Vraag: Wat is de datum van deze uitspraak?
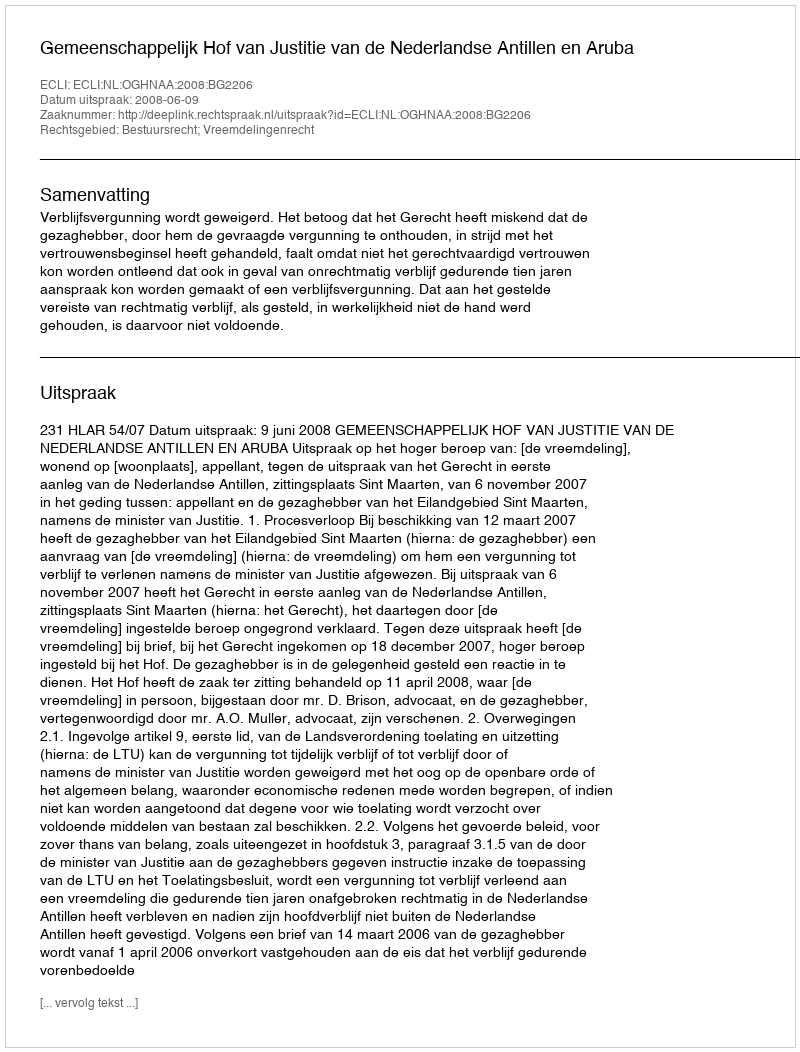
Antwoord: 2008-06-09